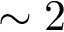
\sim 2